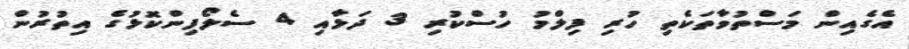
އެގެއިން މަސްތުވާތަކެތި ހުރި ފިލްމު ހުސްކުރި 3 ދަޅާއި 4 ސެލޯފިންކޮޅުގެ އިތުރުން